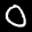
Label: 0